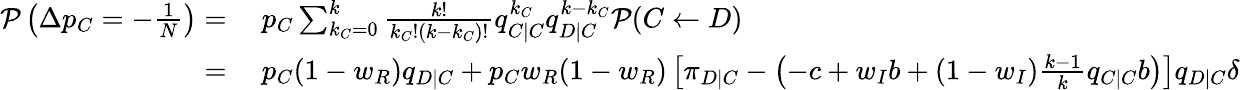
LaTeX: \begin{array}{rl}{\mathcal{P}\left(\Delta p_{C}=-\frac{1}{N}\right)=}&{{}~p_{C}\sum_{k_{C}=0}^{k}{\frac{k!}{k_{C}!(k-k_{C})!}q_{C|C}^{k_{C}}q_{D|C}^{k-k_{C}}\mathcal{P}(C\gets D)}}\\ {=}&{{}~p_{C}(1-w_{R})q_{D|C}+p_{C}w_{R}(1-w_{R})\left[\pi_{D|C}-\left(-c+w_{I}b+(1-w_{I})\frac{k-1}{k}q_{C|C}b\right)\right]q_{D|C}\delta}\end{array}